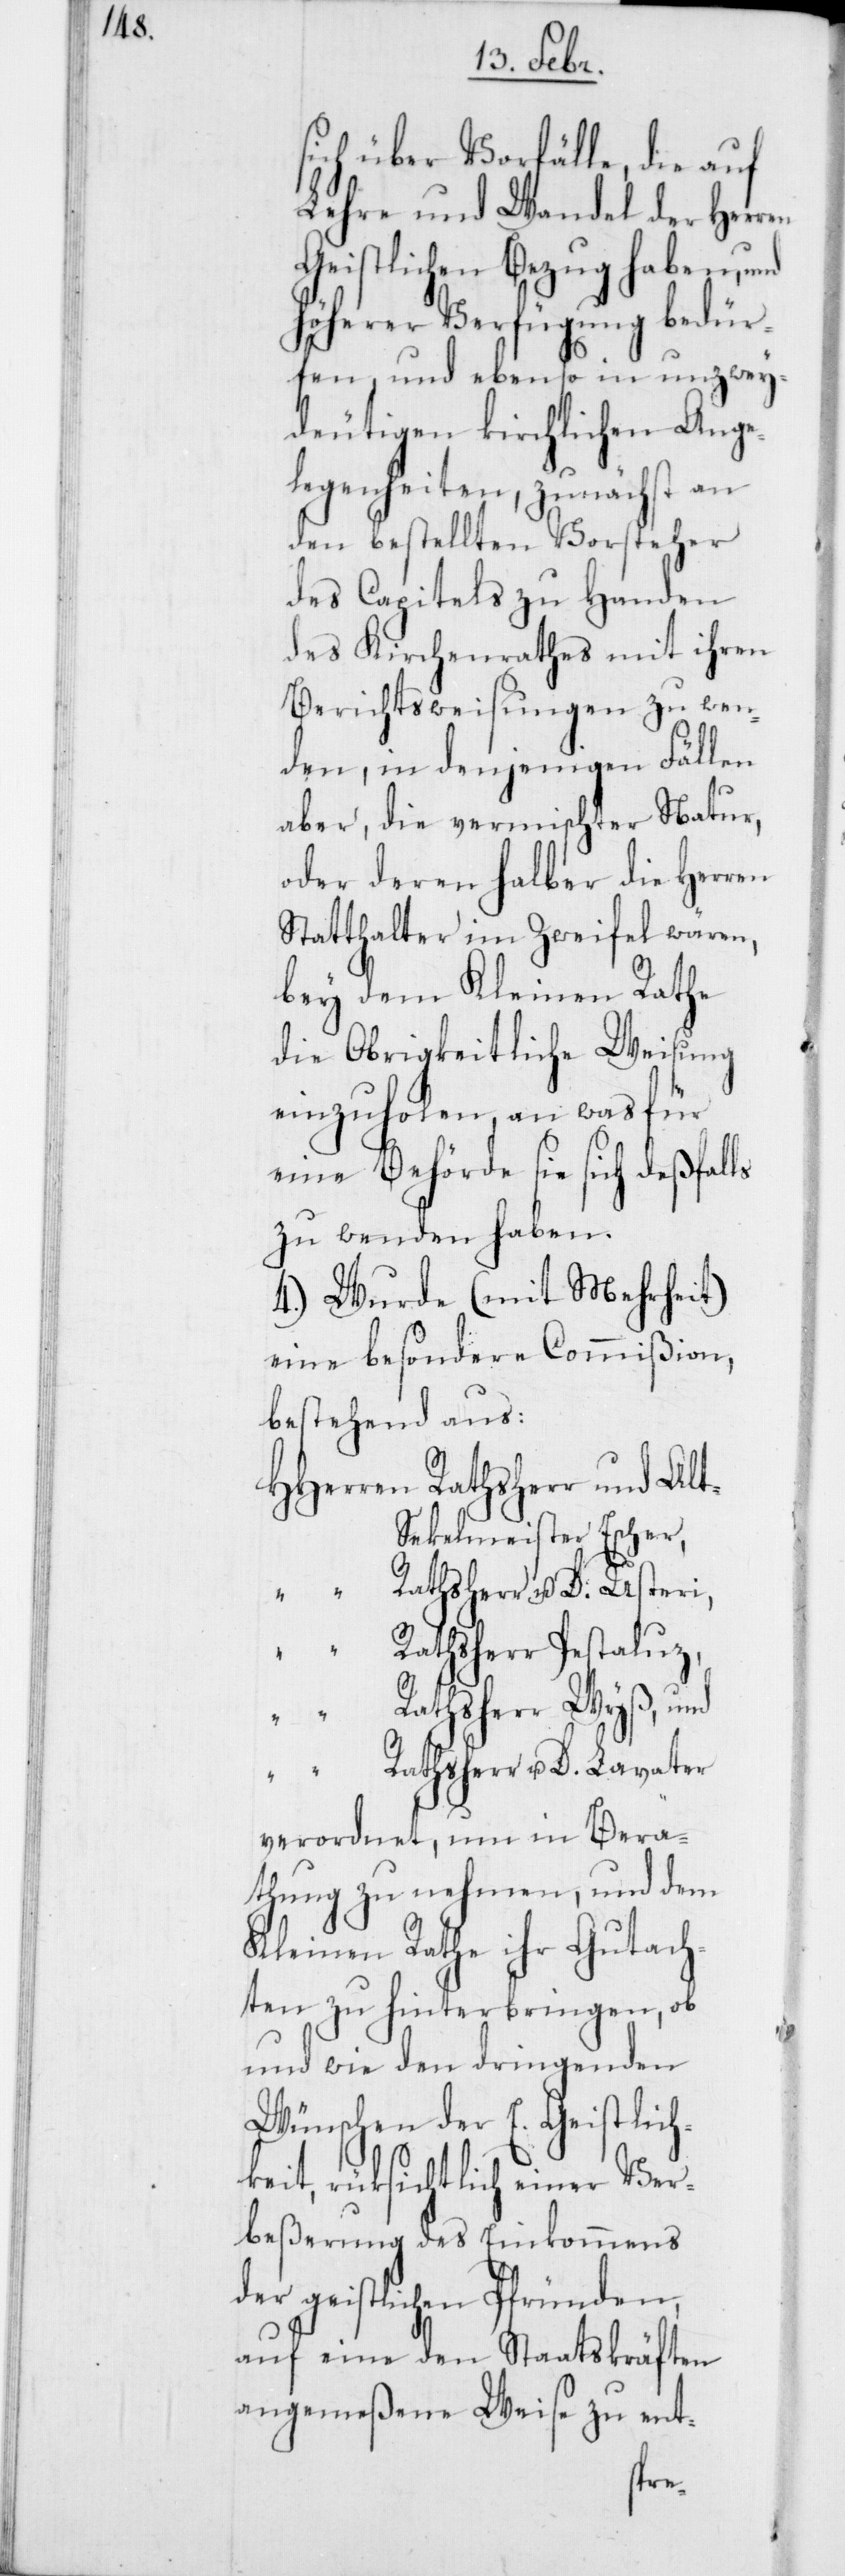
sich über Vorfälle, die auf
Lehre und Wandel der Herren
Geistlichen Bezug haben, und
höherer Verfügung bedür¬
fen, und ebenso in unzwey¬
deutigen kirchlichen Ange¬
legenheiten, zunächst an
den bestellten Vorsteher
des Capitels zu Handen
des Kirchenrathes mit ihren
Berichtsweisungen zu wen¬
den, in denjenigen Fällen
aber, die vermischter Natur,
oder deren halber die Herren
Statthalter im Zweifel wären,
bey dem Kleinen Rathe
die Obrigkeitliche Weisung
einzuholen, an was für
eine Behörde sie sich deßfalls
zu wenden haben.
4.) Wurde (mit Mehrheit)
eine besondere Commißion,
bestehend aus:
Altekelmeister Escher,
Rathsherr Pestaluz
Rathsherr Wyß, und
verordnet, um in Bera¬
thung zu nehmen, und dem
Kleinen Rathe ihr Gutach¬
ten zu hinterbringen, ob
und wie den dringenden
Wünschen der E. Geistlich¬
keit, rüksichtlich einer Ver¬
beßerung des Einkommens
der geistlichen Pfründen,
auf eine den Staatskräften
angemeßene Weise zu ent-